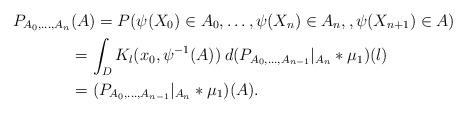
LaTeX: \begin{align*} P_{A_0,\ldots, A_n}&(A)= P(\psi(X_0)\in A_0, \ldots,\psi(X_n)\in A_n, ,\psi(X_{n+1})\in A)\\ &= \int_D K_l(x_0,\psi^{-1}(A))\> d(P_{A_0,\ldots, A_{n-1}}|_{A_n} *\mu_1)(l)\\ &=(P_{A_0,\ldots, A_{n-1}}|_{A_n} *\mu_1)(A).\end{align*}